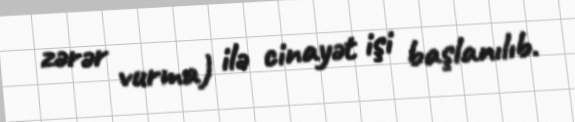
zərər vurma) ilə cinayət işi başlanılıb.